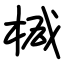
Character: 椷